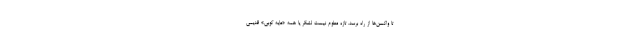
تا واکسن‌ها از راه برسد. تازه معلوم نیست لشگر یا همه «مایه کوبی» قدیمی